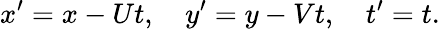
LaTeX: x^{\prime}=x-Ut,\quad y^{\prime}=y-Vt,\quad t^{\prime}=t.